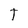
Character: U